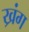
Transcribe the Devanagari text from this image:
ख्रंग